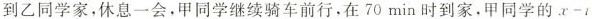
到乙同学家，休息一会，甲同学继续骑车前行，在70min时到家，甲同学的x-1